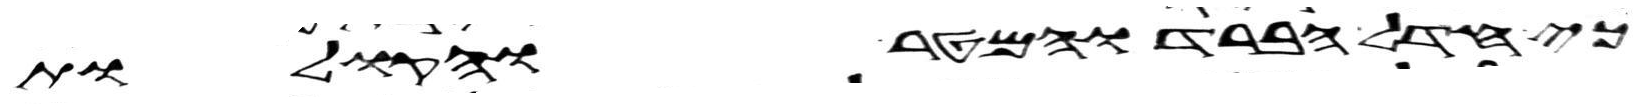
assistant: כי חדל הברד והמטר והקולות